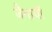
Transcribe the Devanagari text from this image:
जैनाची